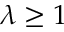
\lambda \geq 1